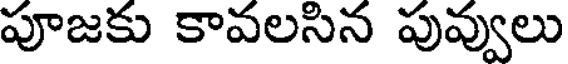
పూజకు కావలసిన పువ్వులు